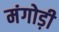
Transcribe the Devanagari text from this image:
मंगोड़ी